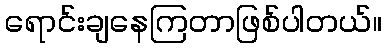
ရောင်းချနေကြတာဖြစ်ပါတယ်။